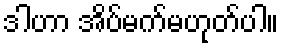
ဒါဟာ အိပ်မက်မဟုတ်ပါ။